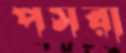
পসরা